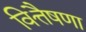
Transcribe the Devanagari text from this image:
वित्तैषणा